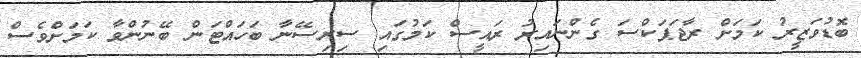
ބޮޑުވަޒީރު ކަމަށް ރާޖަޕަކްސަ ގެންނައިރު ރައީސް ކަމުގައި ސިރިސޭނާ ބަހައްޓަން ބޭނުންވާ ކަމަށްވެސް